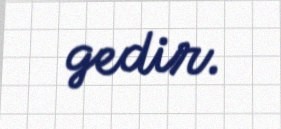
gedir.